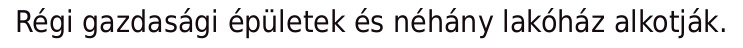
Régi gazdasági épületek és néhány lakóház alkotják.